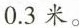
0.3米。